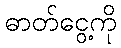
ဓာတ်ငွေ့ကို